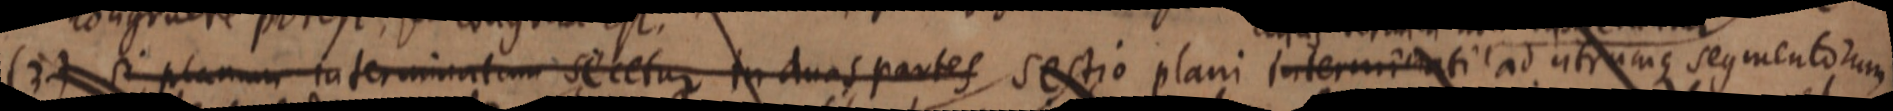
(3) si planum interminatum sicetur in duas partes sectio plani interminati ad utrumque segmentorum